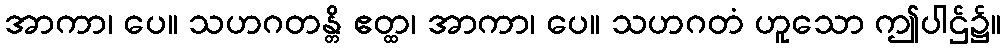
အာကာ၊ ပေ။ သဟဂတန္တိ ဧတ္ထ၊ အာကာ၊ ပေ။ သဟဂတံ ဟူသော ဤပါဌ်၌။